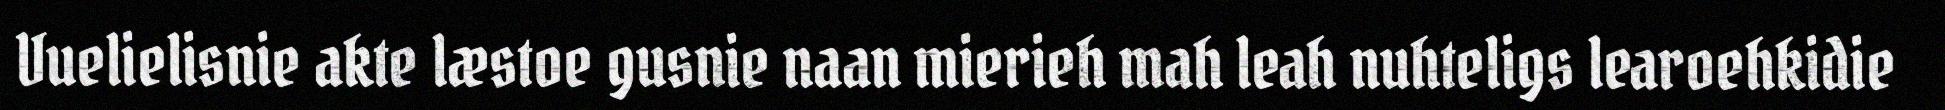
Vuelielisnie akte læstoe gusnie naan mierieh mah leah nuhteligs learoehkidie